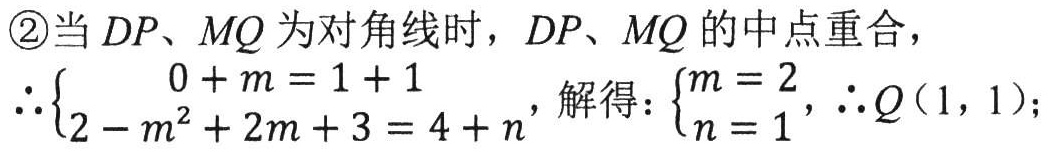
\textcircled{2}当 \(DP、MQ\) 为对角线时，\(DP、MQ\) 的中点重合，
\(\therefore\begin{cases}0 + m = 1 + 1\\2 - m^{2}+2m + 3 = 4 + n\end{cases}\)，解得：\(\begin{cases}m = 2\\n = 1\end{cases}\)，\(\therefore Q(1,1)\)；